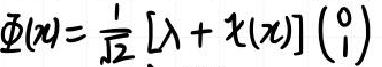
\(\varPhi(x)=\frac{1}{\sqrt{2}}[\lambda + \chi(x)]\begin{pmatrix}0\\1\end{pmatrix}\)